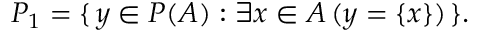
P _ { 1 } = \{ \, y \in P ( A ) : \exists x \in A \, ( y = \{ x \} ) \, \} .